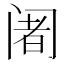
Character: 阇